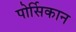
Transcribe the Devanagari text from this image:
पोर्सिकान